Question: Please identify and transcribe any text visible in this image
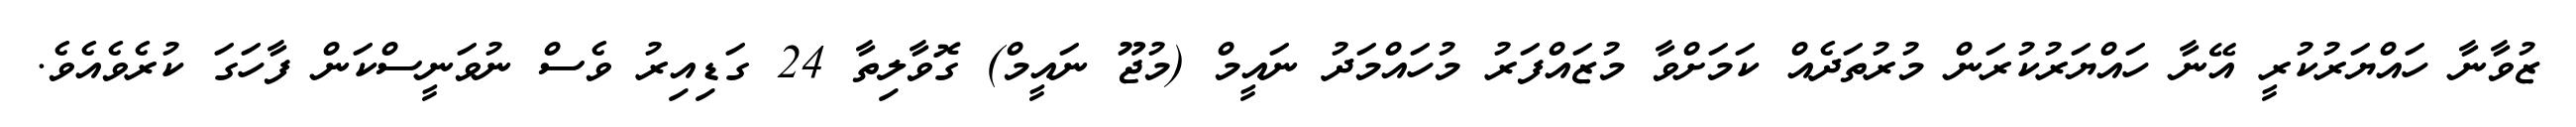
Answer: ޒުވާނާ ހައްޔަރުކުރީ އޭނާ ހައްޔަރުކުރަން މުރުތަދެއް ކަމަށްވާ މުޒައްފަރު މުހައްމަދު ނައީމް (މުޖޫ ނައީމް) ގޮވާލިތާ 24 ގަޑިއިރު ވެސް ނުވަނީސްކަން ފާހަގަ ކުރެވެއެވެ.